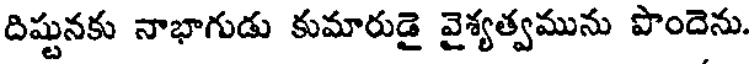
దిష్టునకు నాభాగుడు కుమారుడై వైశ్యత్వమును పొందెను.